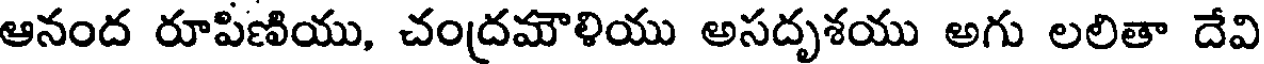
ఆనంద రూపిణియు, చంద్రమౌళియు అసదృశయు అగు లలితా దేవి